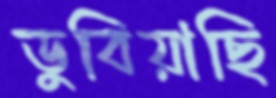
ডুবিয়াছি